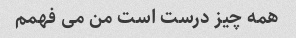
همه چیز درست است من می فهمم